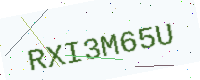
Text: RXI3M65U